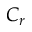
C _ { r }